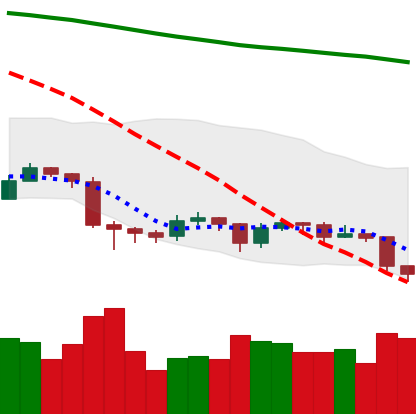
Ticker: EOS-USD
Chart end date: 2019-08-29
Forward return: 4.385%
Label: up_3_5